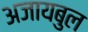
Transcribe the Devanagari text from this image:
अजायबुल